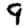
Digit: 9